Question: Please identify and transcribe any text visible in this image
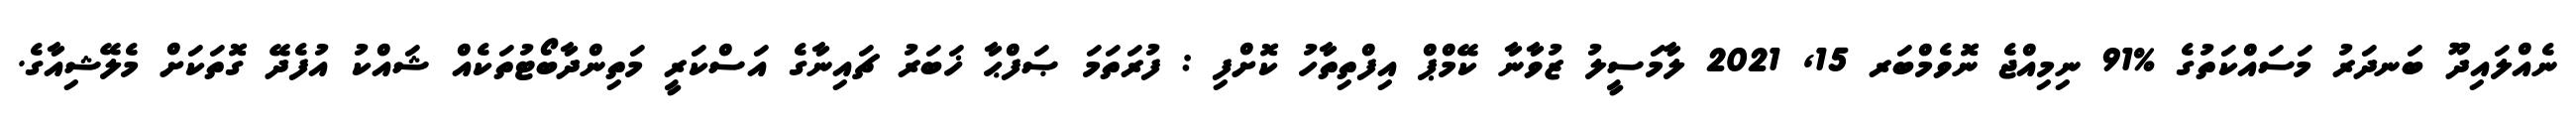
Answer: ނެއްލައިދޫ ބަނދަރު މަސައްކަތުގެ %91 ނިމިއްޖެ ނޮވެމްބަރ 15, 2021 ލާމަސީލު ޒުވާނާ ކޭމްޕް އިފްތިތާހު ކޮށްފި : ފުރަތަމަ ޞަފްޙާ ޚަބަރު ޗައިނާގެ އަސްކަރީ މަތިންދާބޯޓުތަކެއް ޝައްކު އުފެދޭ ގޮތަކަށް މެލޭޝިއާގެ.